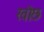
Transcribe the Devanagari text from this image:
खोछ